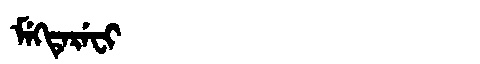
Manchu: ᠮᡝᡴᡨᡝᡵᡝᠸᡳ
Romanization: MEKTEREFI